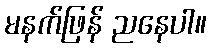
မနက်ဖြန် ညနေပါ။